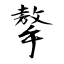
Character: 摮